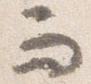
而